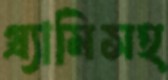
গ্র্যামিসহ